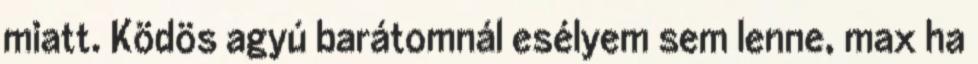
miatt. Ködös agyú barátomnál esélyem sem lenne, max ha